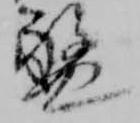
盤